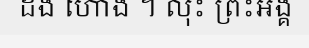
ដង ហោង ។ លុះ ព្រះអង្គ